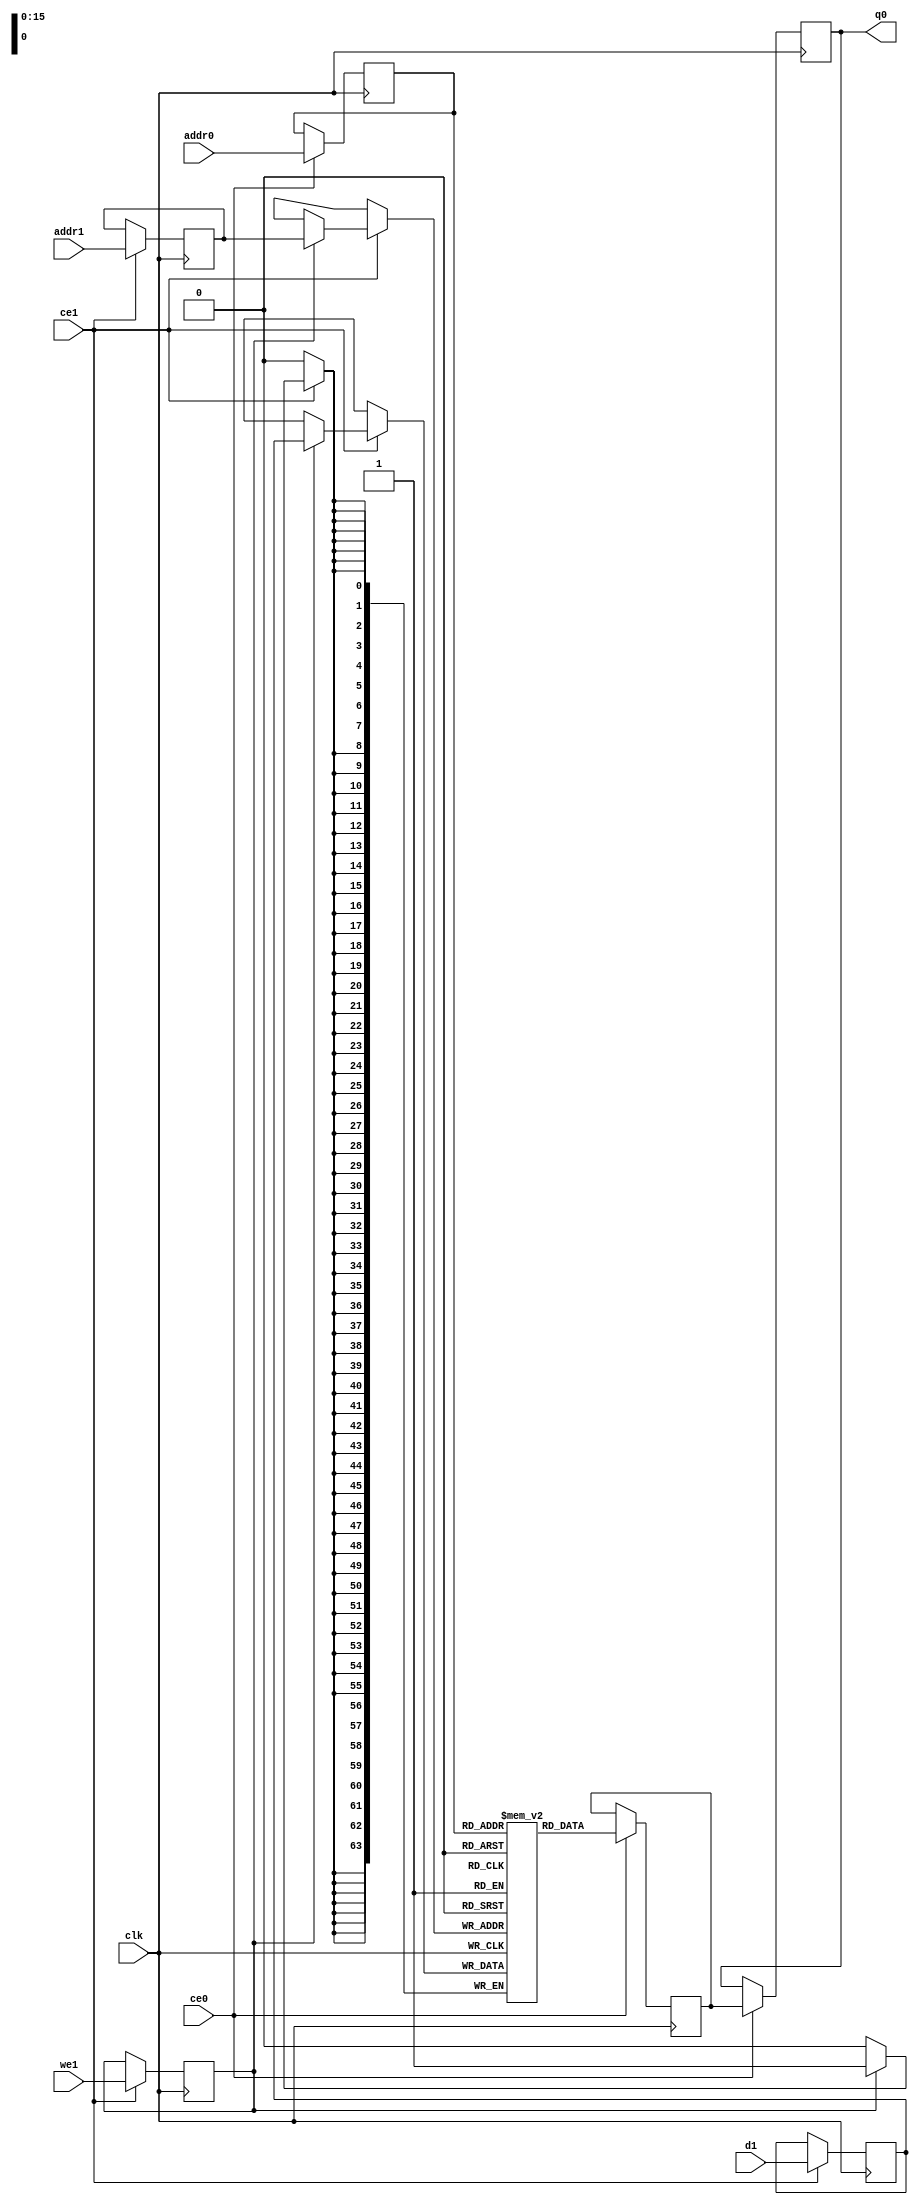
`define EXPONENT 5
`define MANTISSA 10
`define ACTUAL_MANTISSA 11
`define EXPONENT_LSB 10
`define EXPONENT_MSB 14
`define MANTISSA_LSB 0
`define MANTISSA_MSB 9
`define MANTISSA_MUL_SPLIT_LSB 3
`define MANTISSA_MUL_SPLIT_MSB 9
`define SIGN 1
`define SIGN_LOC 15
`define DWIDTH (`SIGN+`EXPONENT+`MANTISSA)
`define IEEE_COMPLIANCE 1

module td_fused_top_td_fused_tdf1_fmaps_memcore_ram (addr0, ce0, q0, addr1, ce1, d1, we1,  clk);

parameter DWIDTH = 64;
parameter AWIDTH = 16;
parameter MEM_SIZE = 50176;

input[AWIDTH-1:0] addr0;
input ce0;
output wire[DWIDTH-1:0] q0;
input[AWIDTH-1:0] addr1;
input ce1;
input[DWIDTH-1:0] d1;
input we1;
input clk;

 reg [DWIDTH-1:0] ram[MEM_SIZE-1:0];
wire [AWIDTH-1:0] addr0_t0; 
reg [AWIDTH-1:0] addr0_t1; 
reg [DWIDTH-1:0] q0_t0;
  reg [DWIDTH-1:0] q0_t1;
wire [AWIDTH-1:0] addr1_t0; 
reg [AWIDTH-1:0] addr1_t1; 
wire [DWIDTH-1:0] d1_t0; 
wire we1_t0; 
reg [DWIDTH-1:0] d1_t1; 
reg we1_t1; 


assign addr0_t0 = addr0;
assign q0 = q0_t1;
assign addr1_t0 = addr1;
assign d1_t0 = d1;
assign we1_t0 = we1;

always @(posedge clk)  
begin
    if (ce0) 
    begin
        addr0_t1 <= addr0_t0; 
        q0_t1 <= q0_t0;
    end
    if (ce1) 
    begin
        addr1_t1 <= addr1_t0; 
        d1_t1 <= d1_t0;
        we1_t1 <= we1_t0;
    end
end


always @(posedge clk)  
begin 
    if (ce0) begin
        q0_t0 <= ram[addr0_t1];
    end
end


always @(posedge clk)  
begin 
    if (ce1) begin
        if (we1_t1) 
            ram[addr1_t1] <= d1_t1; 
    end
end


endmodule